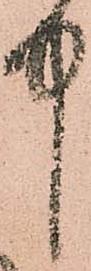
中